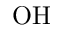
\mathrm { O H }